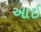
આઈ